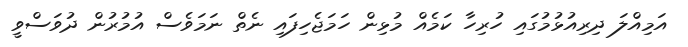
އަމިއްލަ ދިރިއުޅުމުގައި ހުރިހާ ކަމެއް މުޅިން ހަމަޖެހިފައި ނެތް ނަމަވެސް އުމުރުން ދުވަސްވީ